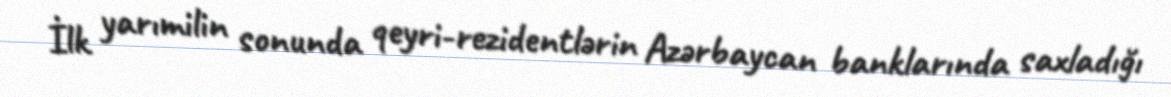
İlk yarımilin sonunda qeyri-rezidentlərin Azərbaycan banklarında saxladığı